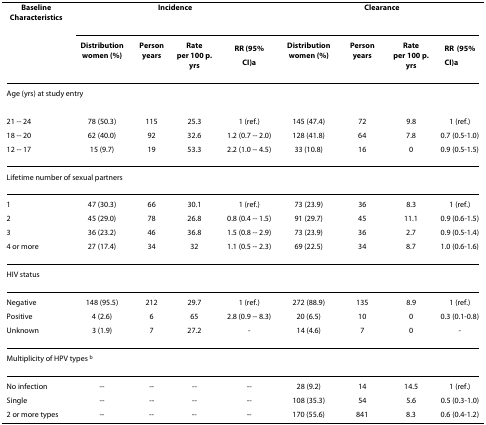
<table><thead><tr><td><b>BaselineCharacteristics</b></td><td colspan="4"><b>Incidence</b></td><td colspan="4"><b>Clearance</b></td></tr><tr><td></td><td><b>Distributionwomen (%)</b></td><td><b>Personyears</b></td><td><b>Rateper 100 p. yrs</b></td><td><b>RR (95% CI)<sup>a</sup></b></td><td><b>Distributionwomen (%)</b></td><td><b>Personyears</b></td><td><b>Rateper 100 p. yrs</b></td><td><b>RR (95% CI)<sup>a</sup></b></td></tr></thead><tbody><tr><td colspan="9">Age (yrs) at study entry</td></tr><tr><td>21 -- 24</td><td>78 (50.3)</td><td>115</td><td>25.3</td><td>1 (ref.)</td><td>145 (47.4)</td><td>72</td><td>9.8</td><td>1 (ref.)</td></tr><tr><td>18 -- 20</td><td>62 (40.0)</td><td>92</td><td>32.6</td><td>1.2 (0.7 -- 2.0)</td><td>128 (41.8)</td><td>64</td><td>7.8</td><td>0.7 (0.5-1.0)</td></tr><tr><td>12 -- 17</td><td>15 (9.7)</td><td>19</td><td>53.3</td><td>2.2 (1.0 -- 4.5)</td><td>33 (10.8)</td><td>16</td><td>0</td><td>0.9 (0.5-1.5)</td></tr><tr><td colspan="9">Lifetime number of sexual partners</td></tr><tr><td>1</td><td>47 (30.3)</td><td>66</td><td>30.1</td><td>1 (ref.)</td><td>73 (23.9)</td><td>36</td><td>8.3</td><td>1 (ref.)</td></tr><tr><td>2</td><td>45 (29.0)</td><td>78</td><td>26.8</td><td>0.8 (0.4 -- 1.5)</td><td>91 (29.7)</td><td>45</td><td>11.1</td><td>0.9 (0.6-1.5)</td></tr><tr><td>3</td><td>36 (23.2)</td><td>46</td><td>36.8</td><td>1.5 (0.8 -- 2.9)</td><td>73 (23.9)</td><td>36</td><td>2.7</td><td>0.9 (0.5-1.4)</td></tr><tr><td>4 or more</td><td>27 (17.4)</td><td>34</td><td>32</td><td>1.1 (0.5 -- 2.3)</td><td>69 (22.5)</td><td>34</td><td>8.7</td><td>1.0 (0.6-1.6)</td></tr><tr><td colspan="9">HIV status</td></tr><tr><td>Negative</td><td>148 (95.5)</td><td>212</td><td>29.7</td><td>1 (ref.)</td><td>272 (88.9)</td><td>135</td><td>8.9</td><td>1 (ref.)</td></tr><tr><td>Positive</td><td>4 (2.6)</td><td>6</td><td>65</td><td>2.8 (0.9 -- 8.3)</td><td>20 (6.5)</td><td>10</td><td>0</td><td>0.3 (0.1-0.8)</td></tr><tr><td>Unknown</td><td>3 (1.9)</td><td>7</td><td>27.2</td><td>-</td><td>14 (4.6)</td><td>7</td><td>0</td><td>-</td></tr><tr><td colspan="9">Multiplicity of HPV types <sup>b</sup></td></tr><tr><td>No infection</td><td>--</td><td>--</td><td>--</td><td>--</td><td>28 (9.2)</td><td>14</td><td>14.5</td><td>1 (ref.)</td></tr><tr><td>Single</td><td>--</td><td>--</td><td>--</td><td>--</td><td>108 (35.3)</td><td>54</td><td>5.6</td><td>0.5 (0.3-1.0)</td></tr><tr><td>2 or more types</td><td>--</td><td>--</td><td>--</td><td>--</td><td>170 (55.6)</td><td>841</td><td>8.3</td><td>0.6 (0.4-1.2)</td></tr></tbody></table>